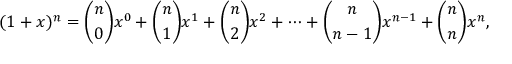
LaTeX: ( 1 + x ) ^ { n } = { \binom { n } { 0 } } x ^ { 0 } + { \binom { n } { 1 } } x ^ { 1 } + { \binom { n } { 2 } } x ^ { 2 } + \cdots + { \binom { n } { n - 1 } } x ^ { n - 1 } + { \binom { n } { n } } x ^ { n } ,